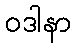
ဝဒါနာ